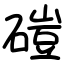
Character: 磑